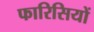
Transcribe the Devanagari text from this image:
फारिसियों